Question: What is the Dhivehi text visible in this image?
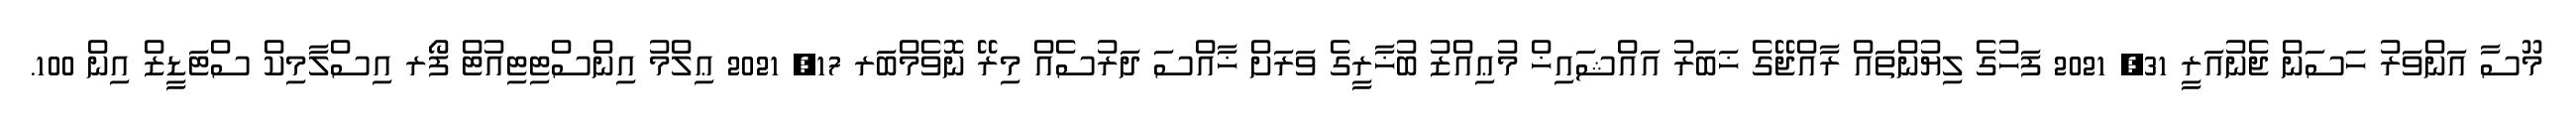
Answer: މޫސާ އަންވަރު ހަސަން ޖެނުއަރީ 31, 2021 ފަހުގެ ލިޔުންތައް ރާއްޖޭގެ ޚަބަރު އައްޝައިޚް މުޢިއްޒު ބުޚާރީގެ ވަރަށް ޚާއްސަ ދަރުސެއް މިރޭ ނޮވެމްބަރ 17, 2021 ޢިލްމު އިންސްޓިޓިއުޓް ފޯރ އިސްލާމިކް ސްޓަޑީޒް އިން 100.